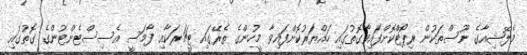
މެލޭޝިއާގެ ނޫސްތަކުން ރިޕޯޓްކޮށްފައިވާގޮތުގައި ހައްޔަރުކޮށްފައިވާ މީހުންގެ ތެރޭގައި ޓީޗަރަކާއި ފާމަސީ އެސިސްޓެންޓުންގެ ގޮތުގައި